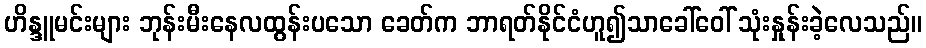
ဟိန္ဒူမင်းများ ဘုန်းမီးနေလထွန်းပသော ခေတ်က ဘာရတ်နိုင်ငံဟူ၍သာခေါ်ဝေါ် သုံးနှုန်းခဲ့လေသည်။